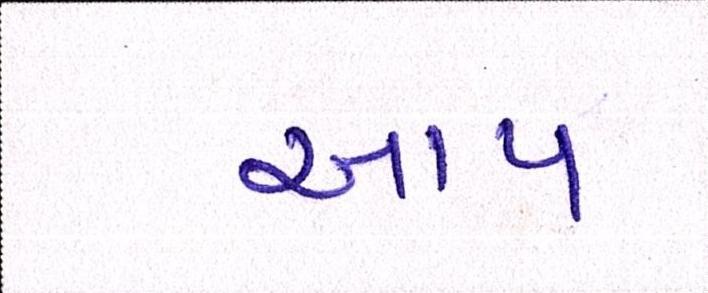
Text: આપ